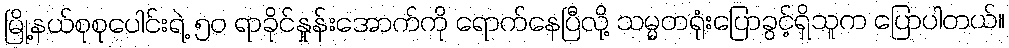
မြို့နယ်စုစုပေါင်းရဲ့ ၅၀ ရာခိုင်နှုန်းအောက်ကို ရောက်နေပြီလို့ သမ္မတရုံးပြောခွင့်ရှိသူက ပြောပါတယ်။